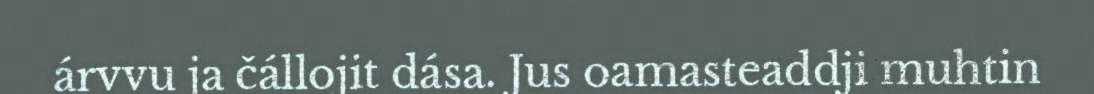
árvvu ja čállojit dása. Jus oamasteaddji muhtin